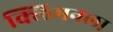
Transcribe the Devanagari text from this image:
क्लिमनला